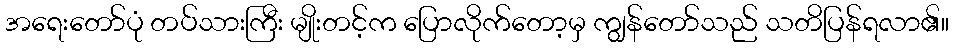
အရေးတော်ပုံ တပ်သားကြီး မျိုးတင့်က ပြောလိုက်တော့မှ ကျွန်တော်သည် သတိပြန်ရလာ၏။